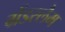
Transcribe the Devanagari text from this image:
ग्रेंडस्लैम